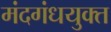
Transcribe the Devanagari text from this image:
मंदगंधयुक्त